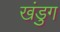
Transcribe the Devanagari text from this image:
खंडुग